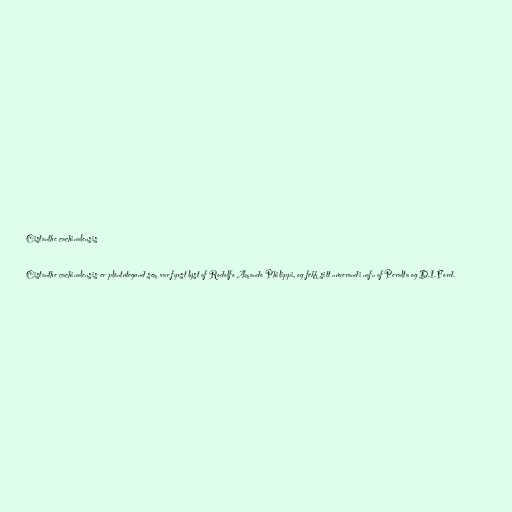
Cistanthe cachinalensis

Cistanthe cachinalensis er plöntutegund sem var fyrst lýst af Rodolfo Amando Philippi, og fékk sitt núverandi nafn af Peralta og D.I.Ford.